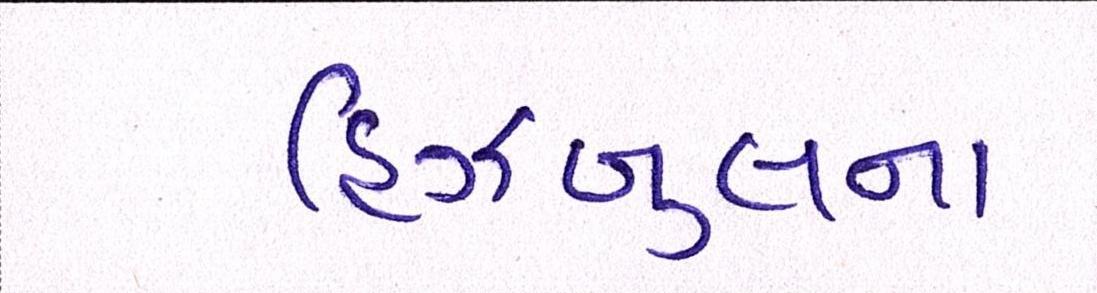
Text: હિઝબુલના